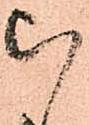
被